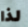
لذا